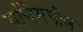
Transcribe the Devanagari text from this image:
यांचेमधील